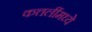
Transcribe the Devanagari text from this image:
कत्तलींमध्ये